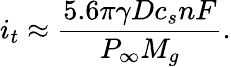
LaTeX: i_{t}\approx\frac{5.6\pi\gamma Dc_{s}nF}{P_{\infty}M_{g}}.